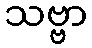
သဗ္ဗာ